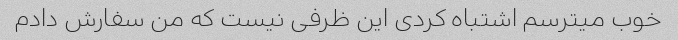
خوب میترسم اشتباه کردی این ظرفی نیست که من سفارش دادم